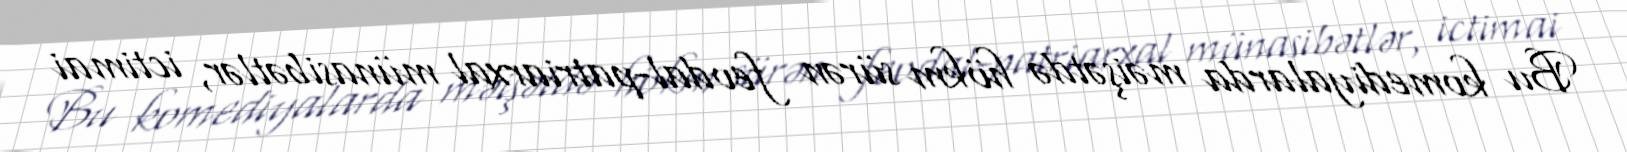
Bu komediyalarda məişətdə hökm sürən feodal-patriarxal münasibətlər, ictimai